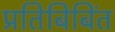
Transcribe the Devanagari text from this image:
प्रतिबिबिंत